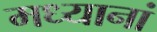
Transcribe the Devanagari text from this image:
मध्यानां